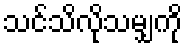
သင်သိလိုသမျှကို